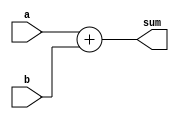
module adder (
    input [63:0] a,
    input [63:0] b,
    output reg [64:0] sum
);
  
always @ (a, b)
begin
    sum = a + b;
end

endmodule